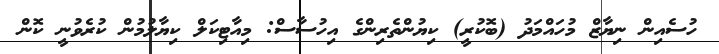
ހުސެއިން ނިޔާޒް މުހައްމަދު (ބޮކުރީ) ކިޔުންތެރިންގެ އިހުސާސް: މިއާޓިކަލް ކިޔާލުމުން ކުރެވުނީ ކޮން